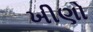
ખીણો